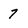
Character: 7